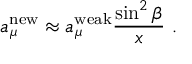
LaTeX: a _ { \mu } ^ { \mathrm { { n e w } } } \approx a _ { \mu } ^ { \mathrm { w e a k } } \frac { \sin ^ { 2 } \beta } { x } \, \, .